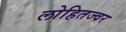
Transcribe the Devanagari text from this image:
लोहितज्वर